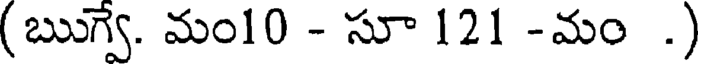
(ఋగ్వే. మం10 - సూ 121 -మం .)